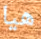
هيا